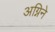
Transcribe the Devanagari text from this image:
अग्निने